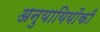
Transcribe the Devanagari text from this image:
अनुयायियोंकी